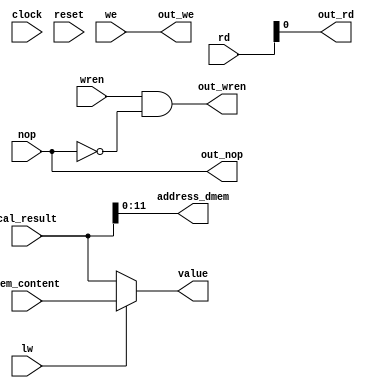
module mem(


//read or write from dmem


clock, reset,

//pc, 

nop,


mem_content,

//opcode,


cal_result,   //for lw & sw cal_result is N+rs


rd,

we, wren,



address_dmem,

//data,

out_wren,

out_nop,
out_rd,
out_we,

value,

lw


);


output [31:0] value;

input lw;

input clock, reset;

//input [11:0] pc;

input nop;



input [4:0] rd;


input[31:0] cal_result, mem_content;
input we, wren;





output [11:0] address_dmem;

//output [31:0] data;

output out_wren;

output out_nop;  assign out_nop = nop;

output out_rd; assign out_rd = rd;

output out_we; assign out_we = we;





assign address_dmem = cal_result[11:0];


// sw 00111(we) &  lw 01000


//assign wren = (opcode == 5'b00111)? 1'b1: 1'b0;

assign out_wren = wren & (~nop);


//assign data = mem_content;








//change input before about lw
//if lw? 
assign value = lw? mem_content: cal_result;



endmodule